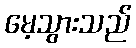
မေ့သွားသည်